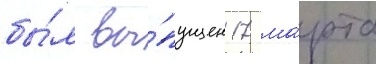
бы́л вы́пущен 17 ма́рта